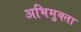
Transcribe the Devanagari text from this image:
अभिमुक्‍ता